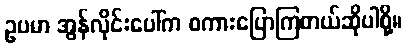
ဥပမာ အွန်လိုင်းပေါ်က စကားပြောကြတယ်ဆိုပါစို့။